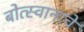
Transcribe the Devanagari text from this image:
बोत्स्वानाचे